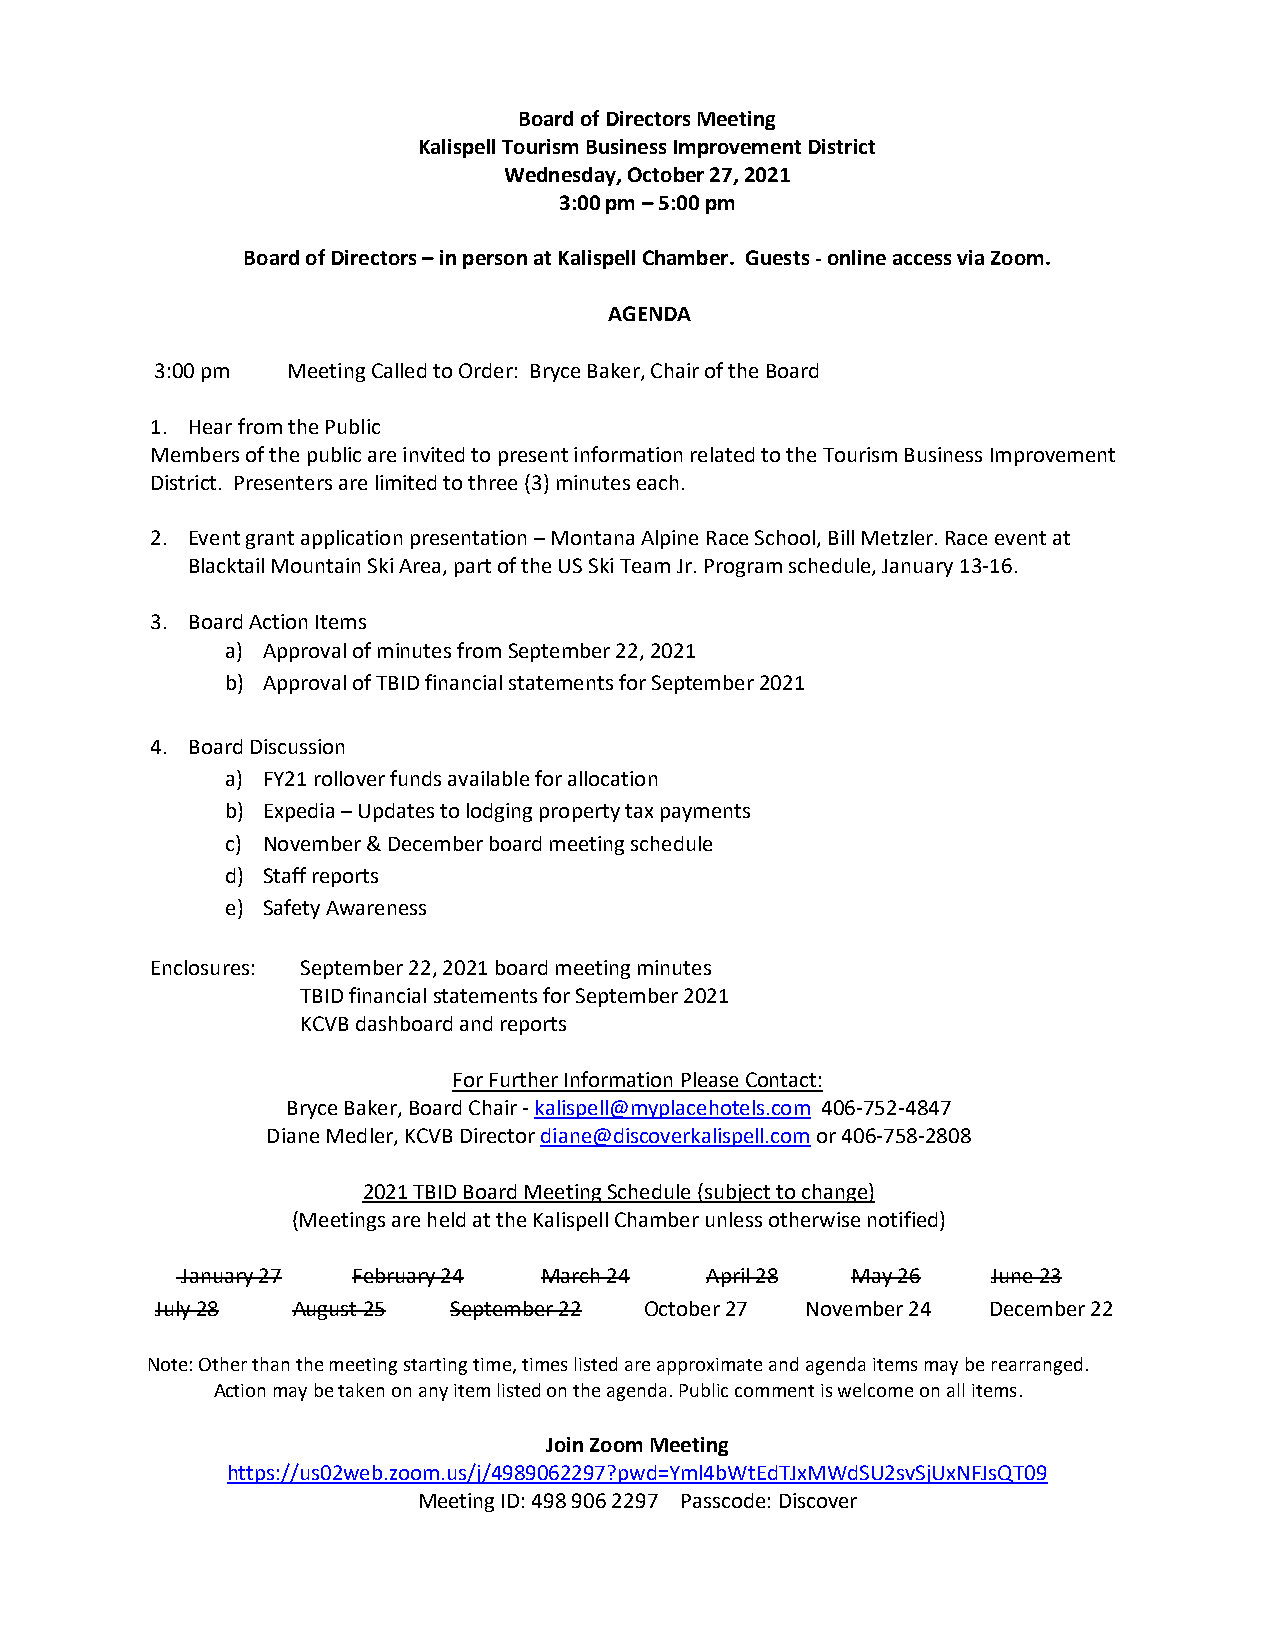
Board of Directors Meeting
 Kalispell Tourism Business Improvement District
 Wednesday, October 27, 2021
 3:00 pm – 5:00 pm
 Board of Directors – in person at Kalispell Chamber. Guests - online access via Zoom.
 AGENDA
 3:00 pm  Meeting Called to Order: Bryce Baker, Chair of the Board
 1. Hear from the Public
 Members of the public are invited to present information related to the Tourism Business Improvement
 District. Presenters are limited to three (3) minutes each.
 2. Event grant application presentation – Montana Alpine Race School, Bill Metzler. Race event at
 Blacktail Mountain Ski Area, part of the US Ski Team Jr. Program schedule, January 13-16.
 3. Board Action Items
 a) Approval of minutes from September 22, 2021
 b) Approval of TBID financial statements for September 2021
 4. Board Discussion
 a) FY21 rollover funds available for allocation
 b) Expedia – Updates to lodging property tax payments
 c) November & December board meeting schedule
 d) Staff reports
 e) Safety Awareness
 Enclosures: September 22, 2021 board meeting minutes
 TBID financial statements for September 2021
 KCVB dashboard and reports
 For Further Information Please Contact:
 Bryce Baker, Board Chair - kalispell@myplacehotels.com 406-752-4847
 Diane Medler, KCVB Director diane@discoverkalispell.com or 406-758-2808
 2021 TBID Board Meeting Schedule (subject to change)
 (Meetings are held at the Kalispell Chamber unless otherwise notified)
 January 27 February 24  March 24   April 28 May 26    June 23
 July 28  August 25  September 22 October 27 November 24 December 22
 Note: Other than the meeting starting time, times listed are approximate and agenda items may be rearranged.
 Action may be taken on any item listed on the agenda. Public comment is welcome on all items.
 Join Zoom Meeting
 https://us02web.zoom.us/j/4989062297?pwd=Yml4bWtEdTJxMWdSU2svSjUxNFJsQT09
 Meeting ID: 498 906 2297 Passcode: Discover